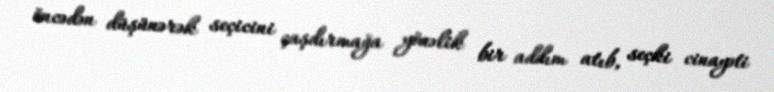
öncədən düşünərək seçicini çaşdırmağa yönəlik bir addım atıb, seçki cinayəti